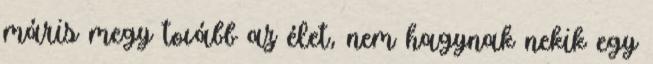
máris megy tovább az élet, nem hagynak nekik egy